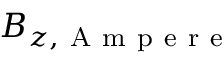
B _ { z , \mathrm { ~ A ~ m ~ p ~ e ~ r ~ e ~ } }